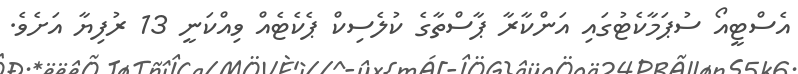
އެސްޓީއޯ ސުޕަމާކެޓުގައި އަންކާރާ ޕާސްތާގެ ކުލެސިކް ޕެކެޓެއް ވިއްކަނީ 13 ރުފިޔާ އަށެވެ.